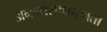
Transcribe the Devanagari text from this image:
अनन्यसाधारणता